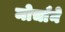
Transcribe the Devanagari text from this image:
मोर्चाने